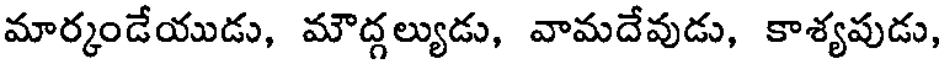
మార్కండేయుడు, మౌద్గల్యుడు, వామదేవుడు, కాశ్యపుడు,